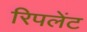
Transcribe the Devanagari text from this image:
रिपलेंट